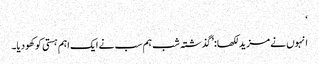
‘
انہوں نے مزید لکھا: ’گذشتہ شب ہم سب نے ایک اہم ہستی کو کھو دیا۔